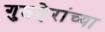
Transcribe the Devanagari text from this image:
गुप्तहेरांच्या